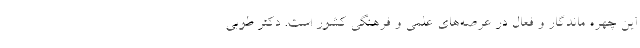
این چهره ماندگار و فعال در عرصه‌های علمی و فرهنگی کشور است. دکتر طوبی